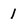
Character: 1